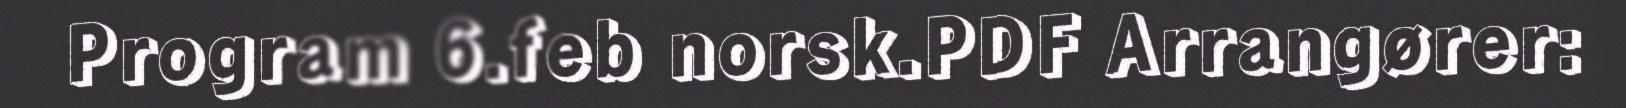
Program 6.feb norsk.PDF Arrangører: